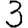
Digit: 3